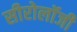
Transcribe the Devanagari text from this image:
सीरोलॉजी